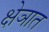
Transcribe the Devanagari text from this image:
क्षेञात